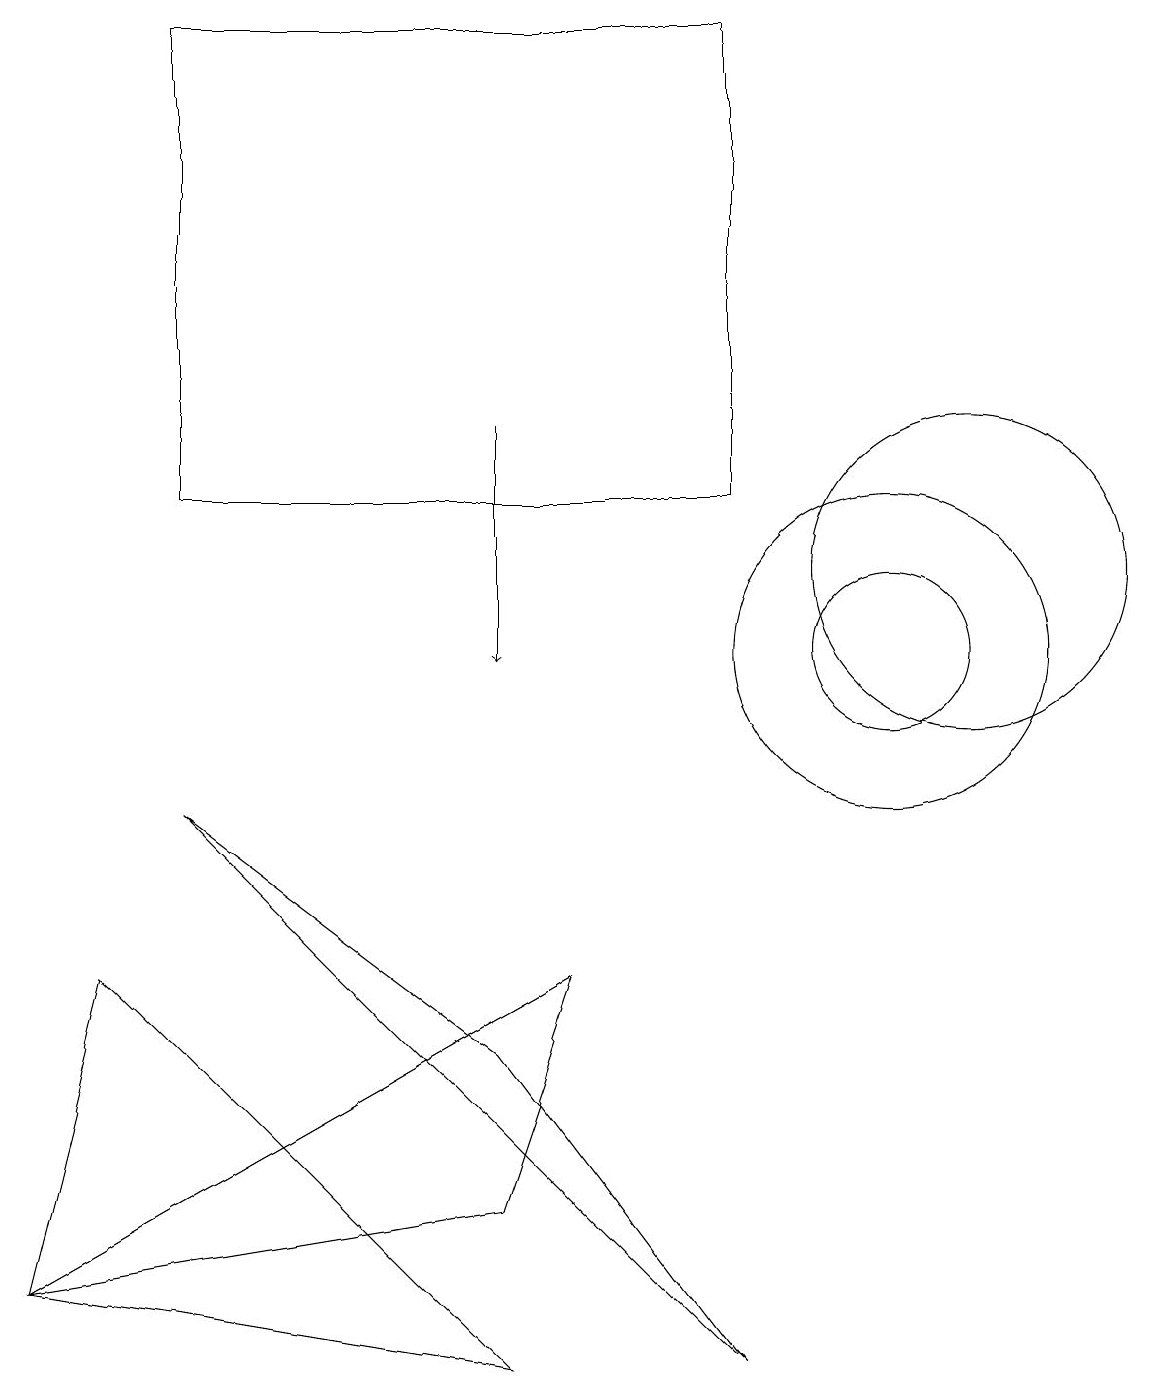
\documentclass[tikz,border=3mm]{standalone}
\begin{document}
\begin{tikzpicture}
\draw (2,8) -- (6,5) -- (9,1) -- cycle;
\draw (11,10) circle (1);
\draw (12,11) circle (2);
\draw[->] (6,13) -- (6,10);
\draw (11,10) circle (2);
\draw (0,2) -- (1,6) -- (6,1) -- cycle;
\draw (9,12) rectangle (2,18);
\draw (0,2) -- (7,6) -- (6,3) -- cycle;
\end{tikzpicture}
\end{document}